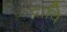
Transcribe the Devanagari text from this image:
दावि